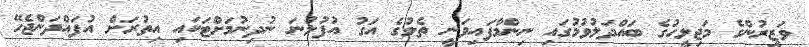
ވަޒީރުންގެ މަޖިލީހުގެ ބައްދަލުވުމުގައި ނިންމާފައިވަނީ ތެލުގެ އަގު އުފުލުނަ ނުދިނުމަށްޓަކައި އިތުރަށް އުފައްދަންޖެހޭ